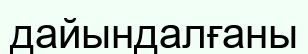
дайындалғаны